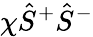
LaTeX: \chi\hat{S}^{+}\hat{S}^{-}